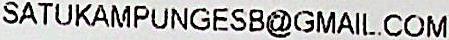
SATUKAMPUNGESB@GMAIL.COM